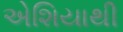
એશિયાથી